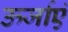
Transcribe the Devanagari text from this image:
ऊर्जाएं